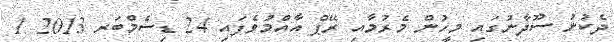
ދެކުނު ސޫދާނުގައި މީހުން މެރުމާއި ރޭޕް އާއްމުވެފައި 24 ޑިސެމްބަރ 2013 1